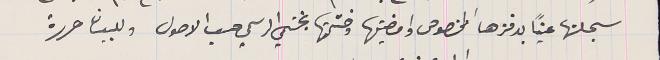
سجلتها عيناً بدفترها المخصوص وامضيتها وختمتها بختمي الرسمي حسب الاصول وللبيان حررة